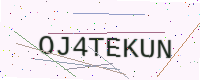
Text: OJ4TEKUN